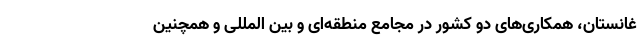
غانستان، همکاری‌های دو کشور در مجامع منطقه‌ای و بین المللی و همچنین